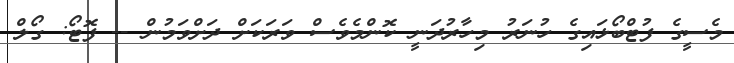
މެސީގެ ފުޓްބޯޅައިގެ ހުނަރު މިހާރުދަނީ ކޮންމެވެސް ވަރަކަށް ދަށްވަމުން -- ފޮޓޯ: ގޯލް